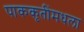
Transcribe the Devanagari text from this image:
पाककृतींमधला